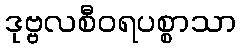
ဒုဗ္ဗလစီဝရပစ္စာသာ